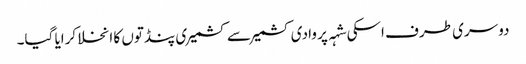
دوسری طرف اسکی شہہ پر وادی کشمیر سے کشمیری پنڈتوں کا انخلا کرایا گیا۔